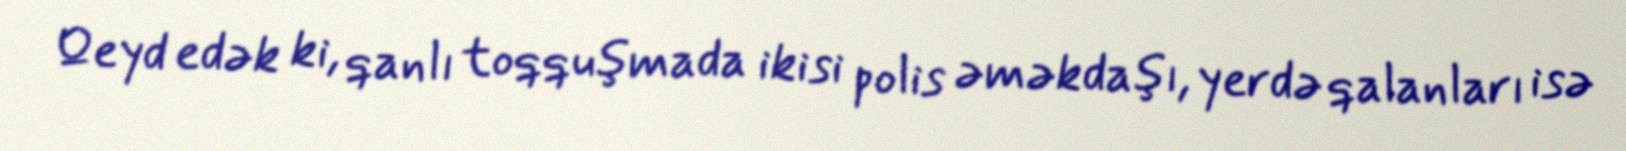
Qeyd edək ki, qanlı toqquşmada ikisi polis əməkdaşı, yerdə qalanları isə